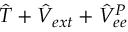
\hat { T } + \hat { V } _ { e x t } + \hat { V } _ { e e } ^ { P }